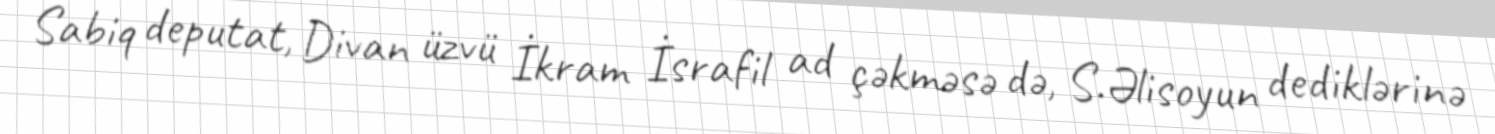
Sabiq deputat, Divan üzvü İkram İsrafil ad çəkməsə də, S.Əlisoyun dediklərinə